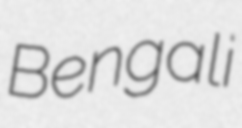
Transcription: Bengali